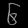
Digit: ၆